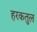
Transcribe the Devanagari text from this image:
हरकतुल